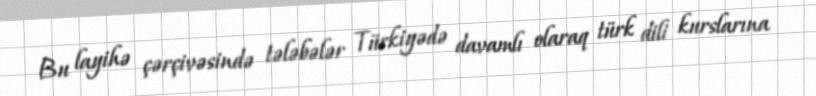
Bu layihə çərçivəsində tələbələr Türkiyədə davamlı olaraq türk dili kurslarına